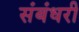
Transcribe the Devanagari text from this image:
संबंधरी